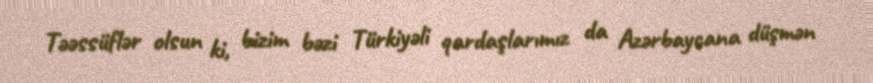
Təəssüflər olsun ki, bizim bəzi Türkiyəli qardaşlarımız da Azərbaycana düşmən